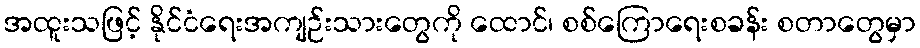
အထူးသဖြင့် နိုင်ငံရေးအကျဉ်းသားတွေကို ထောင်၊ စစ်ကြောရေးစခန်း စတာတွေမှာ